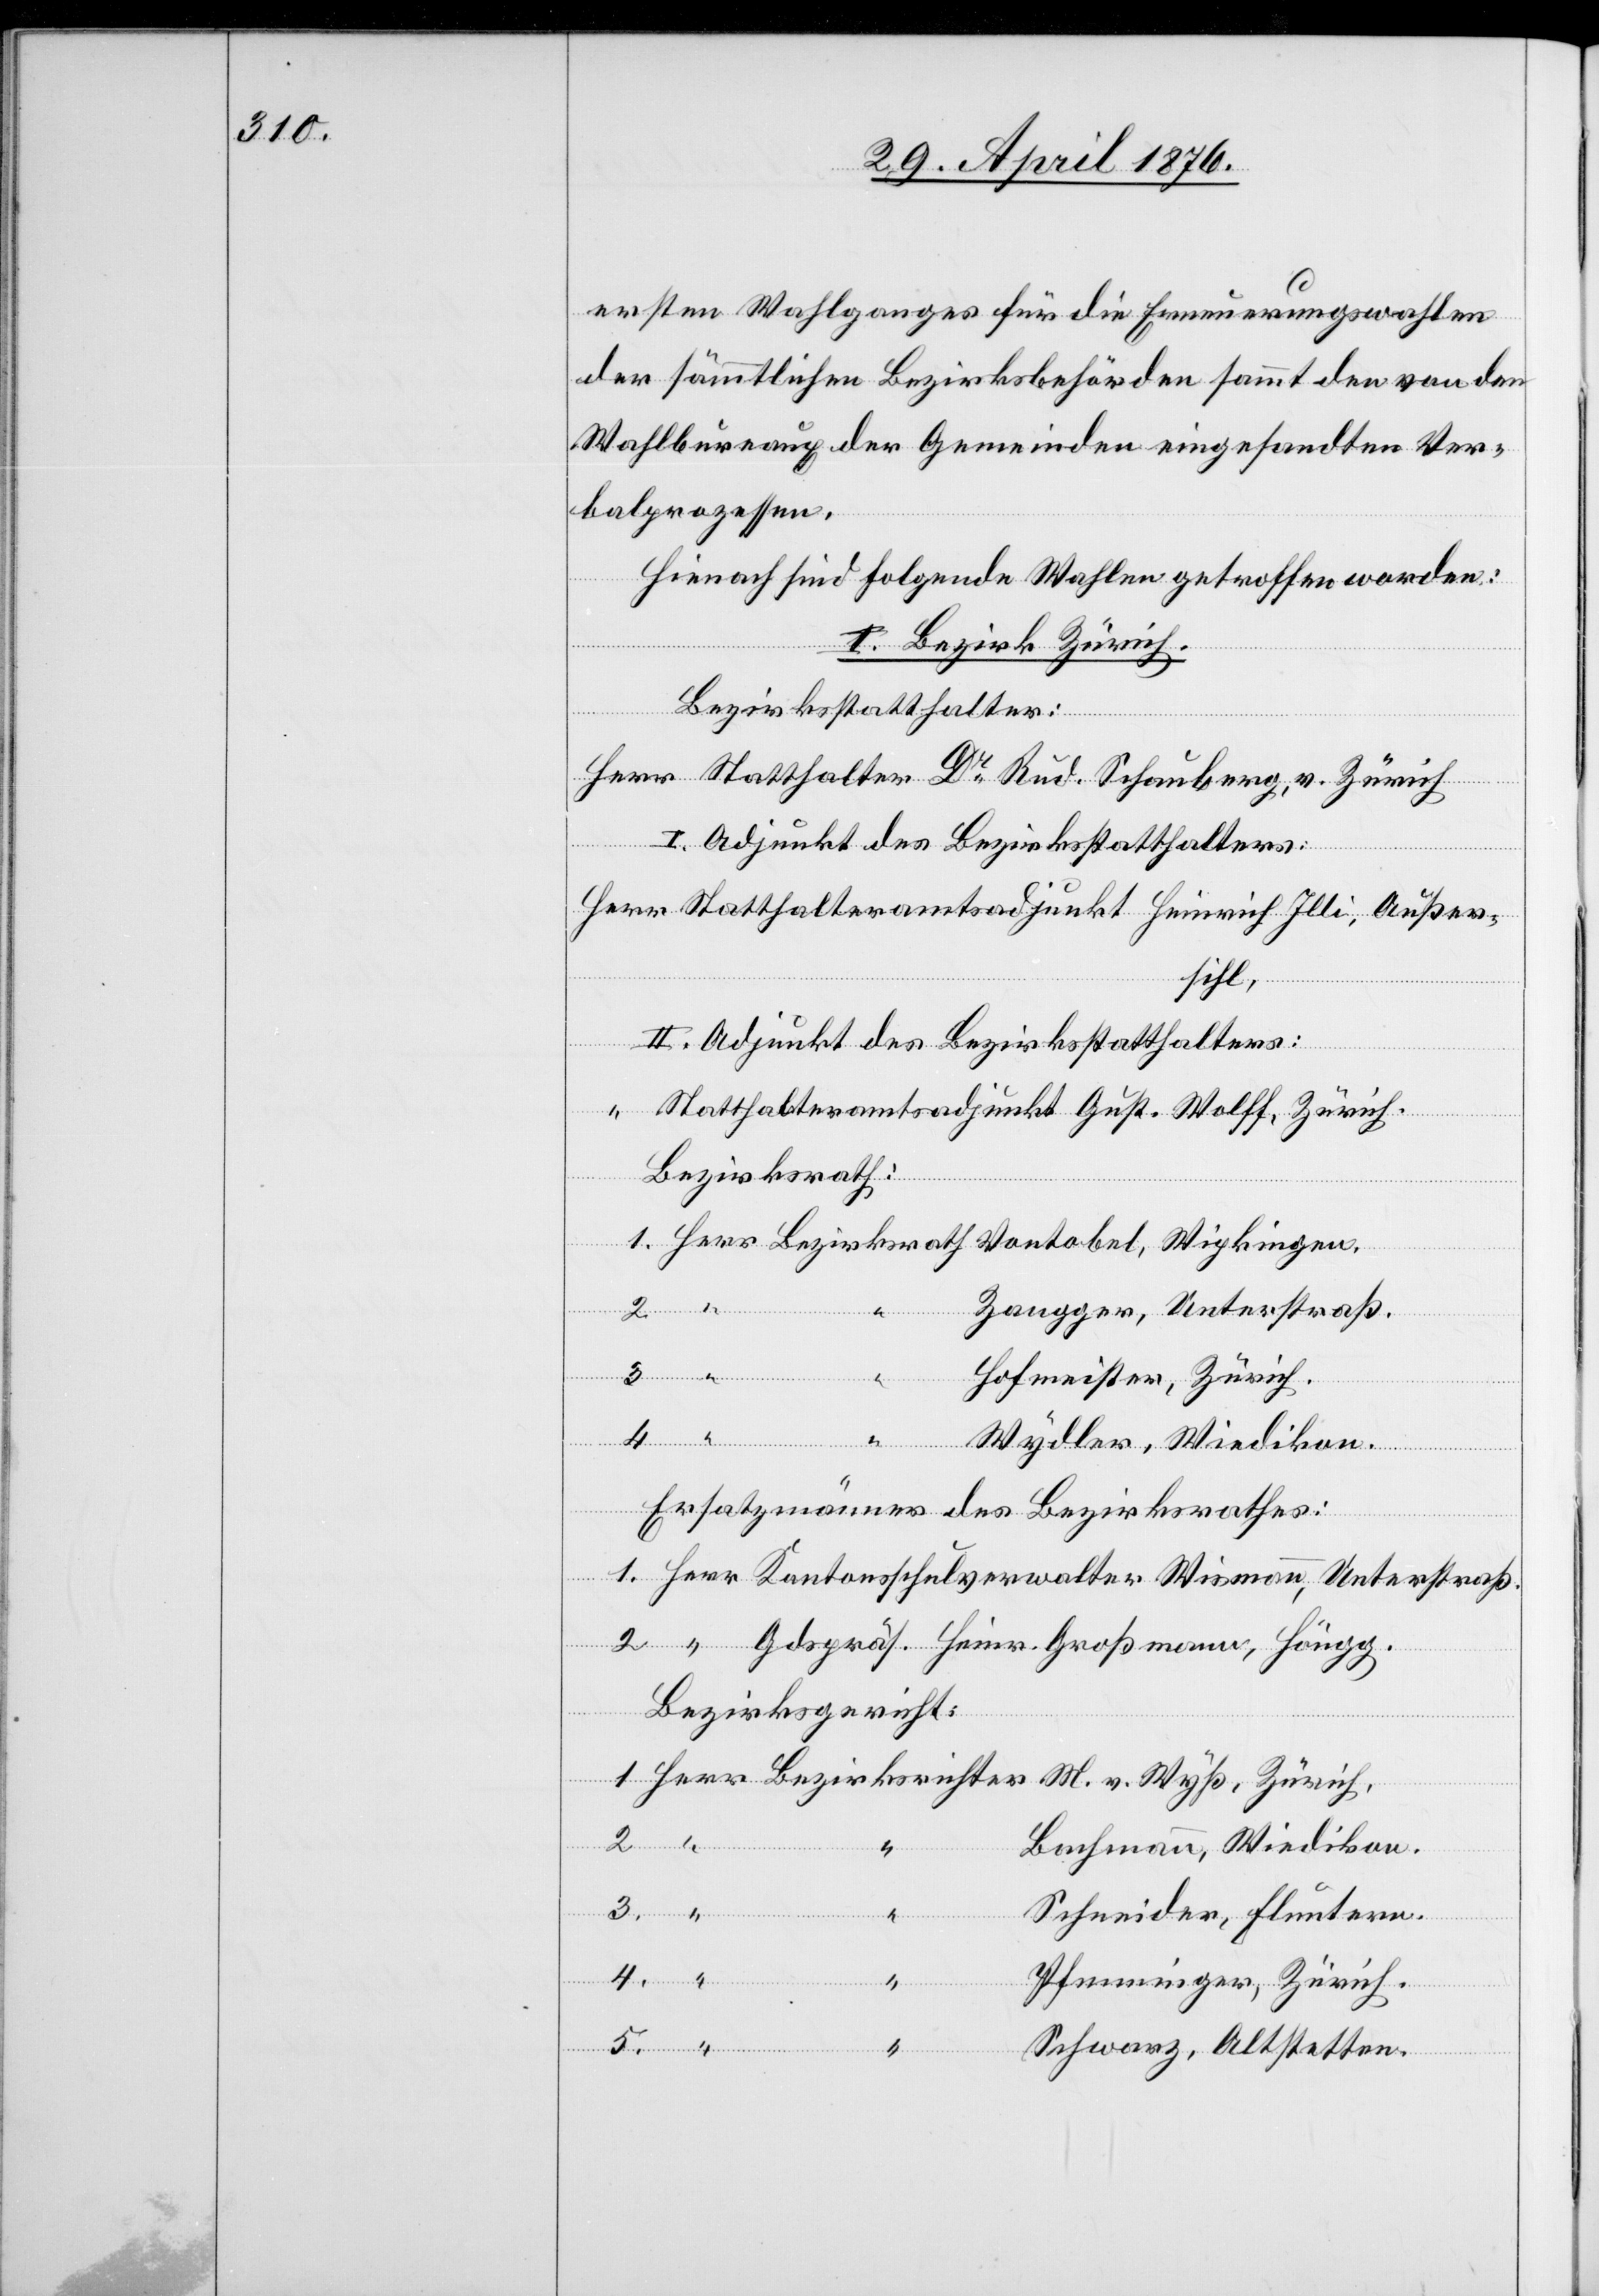
der sämmtlichen Bezirksbehörden sammt den von den
Wahlbureaux der Gemeinden eigensandten Ver¬
balprozessen.
Hienach sind folgende Wahlen getroffen worden:
I. Bezirk Zürich.
Bezirks¬
Bezirksstatthalter:
Herr Statthalter Dr Rud. Schauberg, v. Zürich
I. Adjunkt des Bezirksstatthalters:
Herr Statthalteramtsadjunkt Heinrich Illi, Außer¬
sschul¬
5.
II. Adjunkt des Bezirksstatthalters:
“
“ Statthalteramtsadjunkt Gust. Wolff, Zürich.
Bezirksrath
Wismann,
Zaugger, Unterstraß.
Hofmeister, Zürich.
4.
Wydler, Wiedikon.
Ersatzmänner des Bezirksrathes:
Bezirksgericht:
M. v.
Zürich.
4.
Bachmann, Wiedikon.
3.
“
Schneider, Fluntern.
richter
Pfenninger, Zürich.
Schwarz, Altstetten.